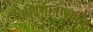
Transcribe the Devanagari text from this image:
प्राणिमात्राबाबत